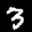
Label: 3